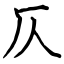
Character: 仄